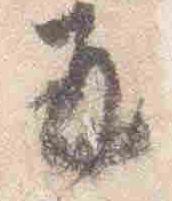
并